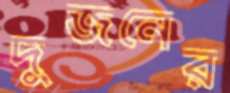
দুজনের